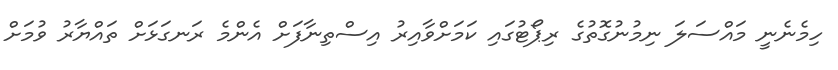
ހިމެނެނީ މައްސަލަ ނިމުނުގޮތުގެ ރިޕޯޓުގައި ކަމަށްވާއިރު އިސްތިނާފަށް އެންމެ ރަނގަޅަށް ތައްޔާރު ވުމަށް